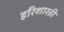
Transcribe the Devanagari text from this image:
हरिशास्त्री